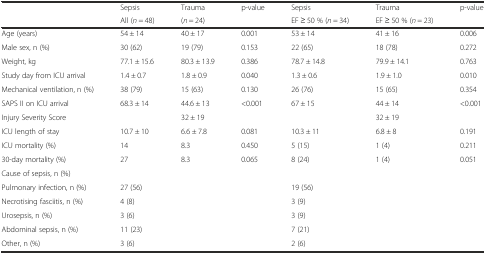
<table><thead><tr><td rowspan="2"></td><td><b>Sepsis</b></td><td><b>Trauma</b></td><td rowspan="2"><b>p-value</b></td><td><b>Sepsis</b></td><td><b>Trauma</b></td><td rowspan="2"><b>p-value</b></td></tr><tr><td><b>All (<i>n</i> = 48)</b></td><td><b>(<i>n</i> = 24)</b></td><td><b>EF ≥ 50 % (<i>n</i> = 34)</b></td><td><b>EF ≥ 50 % (<i>n</i> = 23)</b></td></tr></thead><tbody><tr><td>Age (years)</td><td>54 ± 14</td><td>40 ± 17</td><td>0.001</td><td>53 ± 14</td><td>41 ± 16</td><td>0.006</td></tr><tr><td>Male sex, n (%)</td><td>30 (62)</td><td>19 (79)</td><td>0.153</td><td>22 (65)</td><td>18 (78)</td><td>0.272</td></tr><tr><td>Weight, kg</td><td>77.1 ± 15.6</td><td>80.3 ± 13.9</td><td>0.386</td><td>78.7 ± 14.8</td><td>79.9 ± 14.1</td><td>0.763</td></tr><tr><td>Study day from ICU arrival</td><td>1.4 ± 0.7</td><td>1.8 ± 0.9</td><td>0.040</td><td>1.3 ± 0.6</td><td>1.9 ± 1.0</td><td>0.010</td></tr><tr><td>Mechanical ventilation, n (%)</td><td>38 (79)</td><td>15 (63)</td><td>0.130</td><td>26 (76)</td><td>15 (65)</td><td>0.354</td></tr><tr><td>SAPS II on ICU arrival</td><td>68.3 ± 14</td><td>44.6 ± 13</td><td>&lt;0.001</td><td>67 ± 15</td><td>44 ± 14</td><td>&lt;0.001</td></tr><tr><td>Injury Severity Score</td><td></td><td>32 ± 19</td><td></td><td></td><td>32 ± 19</td><td></td></tr><tr><td>ICU length of stay</td><td>10.7 ± 10</td><td>6.6 ± 7.8</td><td>0.081</td><td>10.3 ± 11</td><td>6.8 ± 8</td><td>0.191</td></tr><tr><td>ICU mortality (%)</td><td>14</td><td>8.3</td><td>0.450</td><td>5 (15)</td><td>1 (4)</td><td>0.211</td></tr><tr><td>30-day mortality (%)</td><td>27</td><td>8.3</td><td>0.065</td><td>8 (24)</td><td>1 (4)</td><td>0.051</td></tr><tr><td>Cause of sepsis, n (%)</td><td></td><td></td><td></td><td></td><td></td><td></td></tr><tr><td>Pulmonary infection, n (%)</td><td>27 (56)</td><td></td><td></td><td>19 (56)</td><td></td><td></td></tr><tr><td>Necrotising fasciitis, n (%)</td><td>4 (8)</td><td></td><td></td><td>3 (9)</td><td></td><td></td></tr><tr><td>Urosepsis, n (%)</td><td>3 (6)</td><td></td><td></td><td>3 (9)</td><td></td><td></td></tr><tr><td>Abdominal sepsis, n (%)</td><td>11 (23)</td><td></td><td></td><td>7 (21)</td><td></td><td></td></tr><tr><td>Other, n (%)</td><td>3 (6)</td><td></td><td></td><td>2 (6)</td><td></td><td></td></tr></tbody></table>